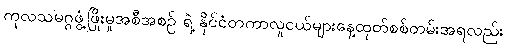
ကုလသမဂ္ဂဖွံ့ဖြိုးမှုအစီအစဉ် ရဲ့ နိုင်ငံတကာလူငယ်များနေ့ထုတ်စစ်တမ်းအရလည်း